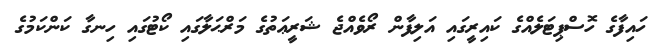
ހައިފާގެ ހޮސްޕިޓަލެއްގެ ކައިރީގައި އަލިފާން ރޯވެއްޖެ ޝަރީޢަތުގެ މަރްޙަލާގައި ކޯޓުގައި ހިނގާ ކަންކަމުގެ